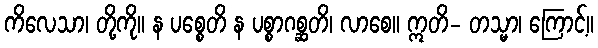
ကိလေသာ၊ တို့ကို။ န ပစ္စေတိ န ပစ္စာဂစ္ဆတိ၊ လာစေ။ ဣတိ- တသ္မာ၊ ကြောင့်။